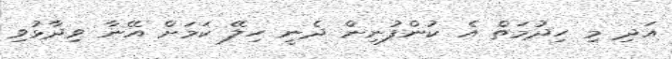
އަދި މި ހިދުމަތް އެ ކުންފުނިން ދެނީ ހިލޭ ކަމަށް އޭނާ ވިދާޅުވި